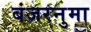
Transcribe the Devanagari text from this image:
बंजरनुमा